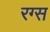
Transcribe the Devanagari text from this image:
रग्स